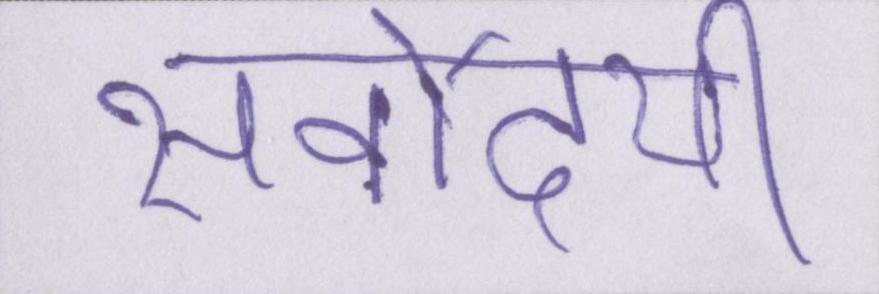
सर्वोदयी